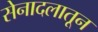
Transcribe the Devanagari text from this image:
सेनादलातून